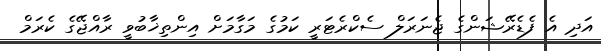
އަދި އެ ފެޑެރޭޝަންގެ ޖެނަރަލް ސެކްރެޓަރީ ކަމުގެ މަގާމަށް އިންތިޚާބުވީ ރާއްޖޭގެ ކެރަމް